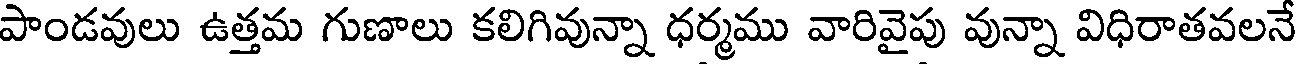
పాండవులు ఉత్తమ గుణాలు కలిగివున్నా ధర్మము వారివైపు వున్నా విధిరాతవలనే